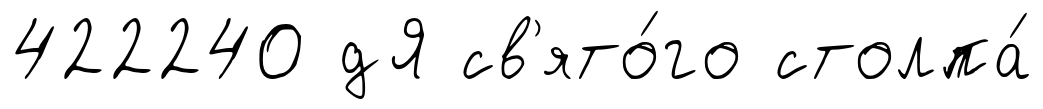
422240 дЯ св'ято́го столпа́